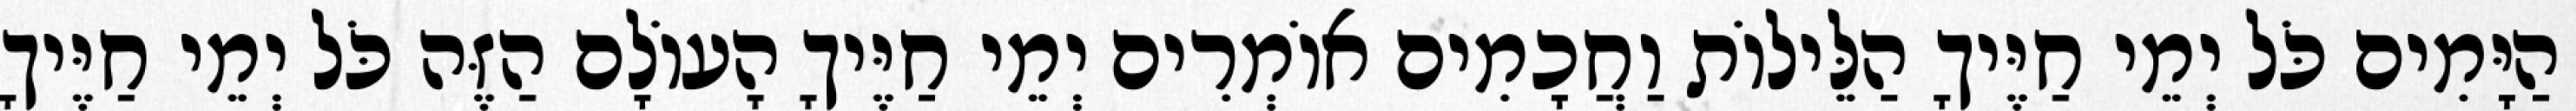
הַיָּמִים כֹּל יְמֵי חַיֶּיךָ הַלֵּילוֹת וַחֲכָמִים אוֹמְרִים יְמֵי חַיֶּיךָ הָעוֹלָם הַזֶּה כֹּל יְמֵי חַיֶּיךָ